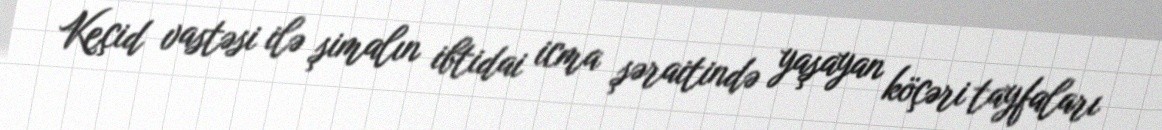
Keçid vastəsi ilə şimalın ibtidai icma şəraitində yaşayan köçəri tayfaları